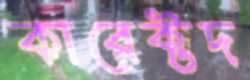
কারেক্টদ